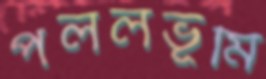
পললভূমি